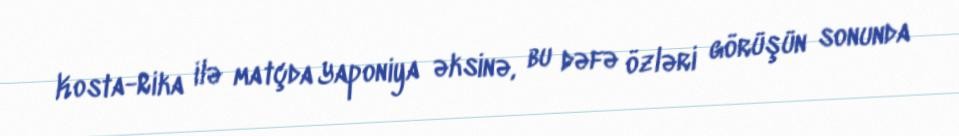
Kosta-Rika ilə matçda Yaponiya əksinə, bu dəfə özləri görüşün sonunda